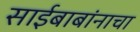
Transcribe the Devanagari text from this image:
साईबाबांनाचा